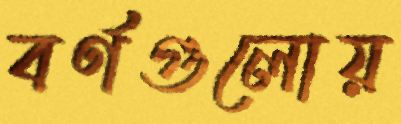
বর্ণগুলোয়